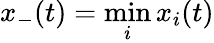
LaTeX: x_{-}(t)=\operatorname*{min}_{i}x_{i}(t)